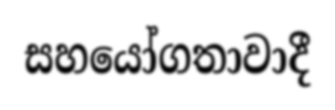
සහයෝගතාවාදී